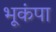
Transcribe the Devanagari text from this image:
भूकंपा